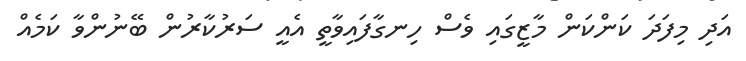
އަދި މިފަދަ ކަންކަން މާޒީގައި ވެސް ހިނގާފައިވާތީ އެއީ ސަރުކާރުން ބޭނުންވާ ކަމެއް